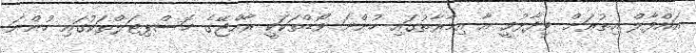
އައްފާލް އިތުރަށް ވިދާޅުވީ އާ އިމާރާތުގައި ހުންނަ ވޯޑްތަކަކީ ރާއްޖޭގެ ހޮސްޕިޓަލްތަކުގައި ހުންނަ